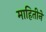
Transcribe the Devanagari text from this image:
माहितीनें